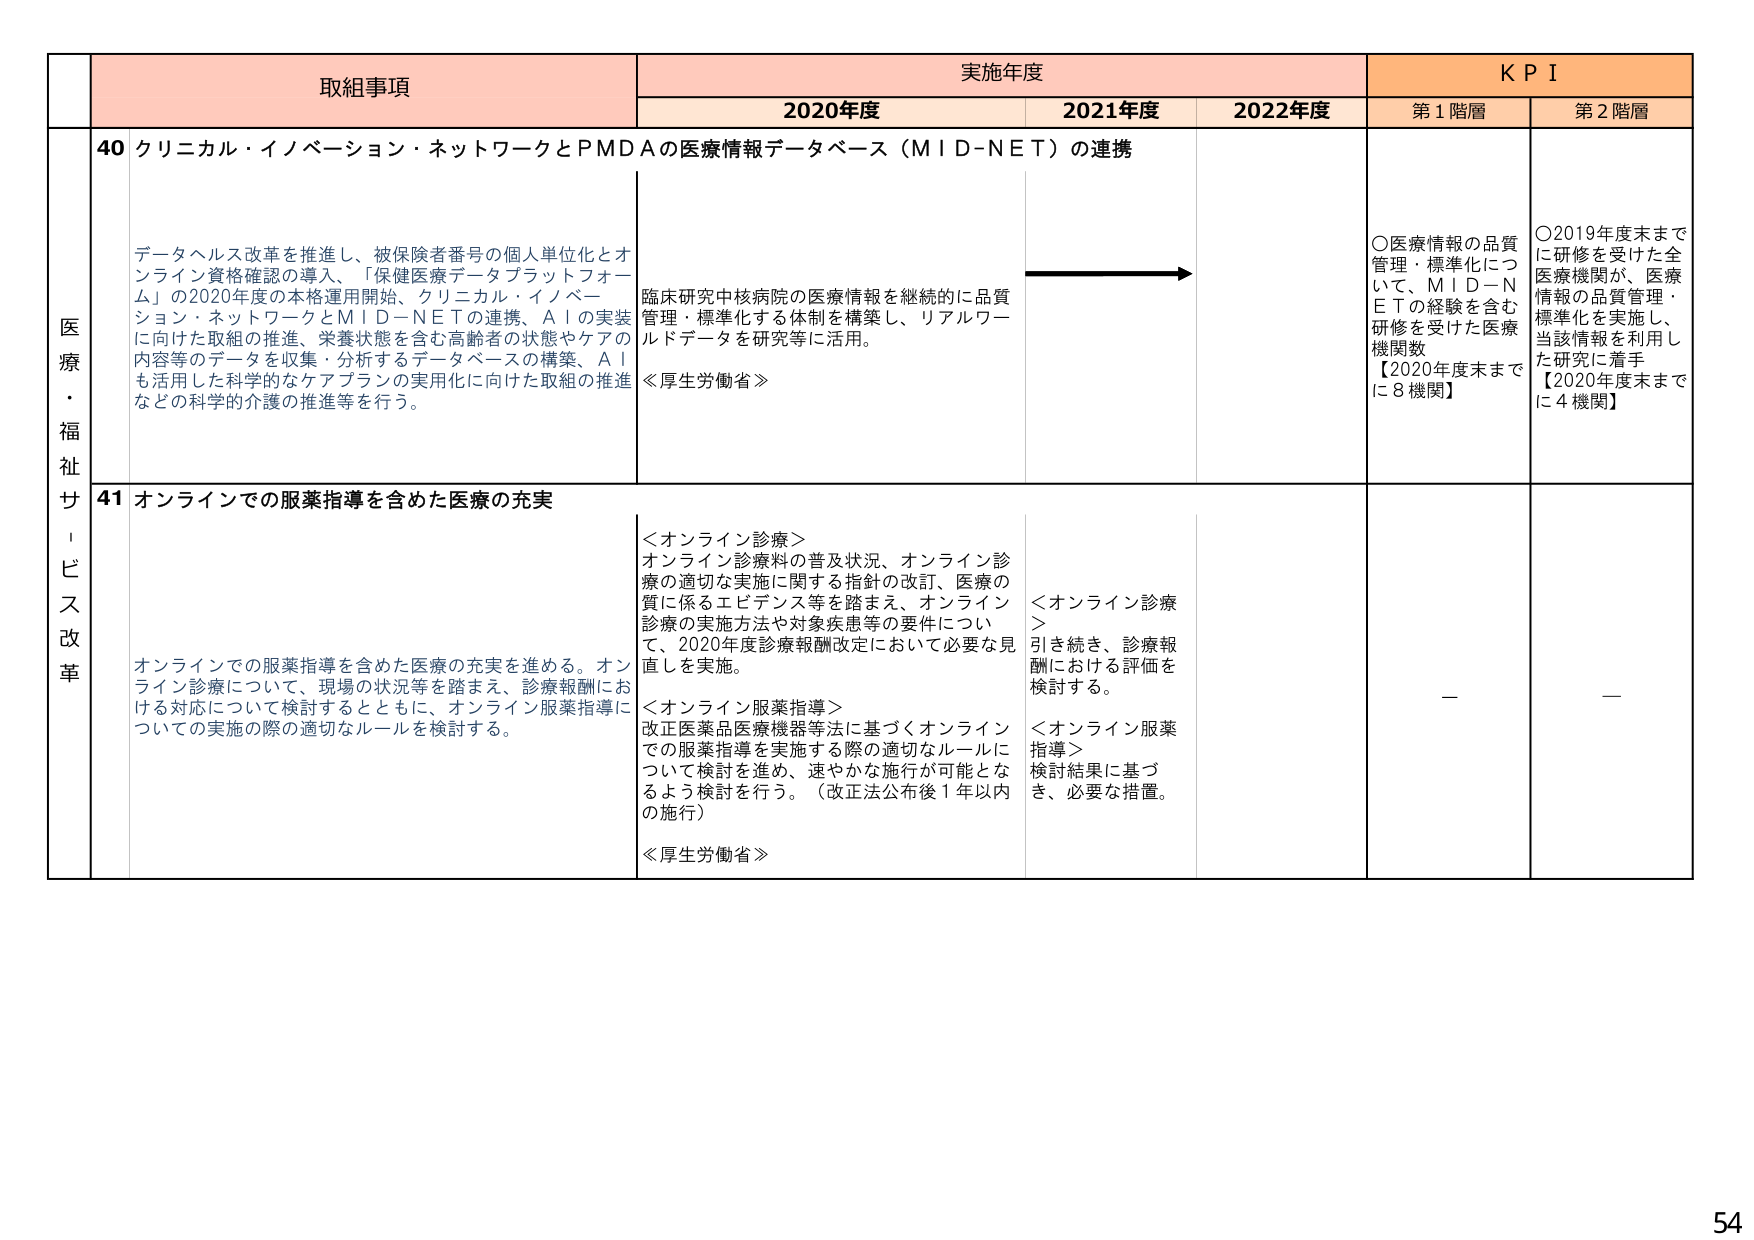
医療・福祉サービス改革

取組事項
実施年度
K P I

2020年度
2021年度
2022年度
第1階層
第2階層

40 クリニカル・イノベーション・ネットワークとPMDAの医療情報データベース（MID-NET）の連携

データヘルス改革を推進し、被保険者番号の個人単位化とオンライン資格確認の導入、「保健医療データプラットフォーム」の2020年度の本格運用開始、クリニカル・イノベーション・ネットワークとMID-NETの連携、AIの実装に向けた取組の推進、栄養状態を含む高齢者の状態やケアの内容等のデータを収集・分析するデータベースの構築、AIも活用した科学的なケアプランの実用化に向けた取組の推進などの科学的介護の推進等を行う。

臨床研究中核病院の医療情報を継続的に品質管理・標準化する体制を構築し、リアルワールドデータを研究等に活用。
≪厚生労働省≫

○医療情報の品質管理・標準化について、MID-NETの経験を含む研修を受けた医療機関数
【2020年度末までに8機関】

○2019年度末までに研修を受けた全医療機関が、医療情報の品質管理・標準化を実施し、当該情報を利用した研究に着手
【2020年度末までに4機関】

41 オンラインでの服薬指導を含めた医療の充実

オンラインでの服薬指導を含めた医療の充実を進める。オンライン診療について、現場の状況等を踏まえ、診療報酬における対応について検討するとともに、オンライン服薬指導についての実施の際の適切なルールを検討する。

＜オンライン診療＞
オンライン診療料の普及状況、オンライン診療の適切な実施に関する指針の改訂、医療の質に係るエビデンス等を踏まえ、オンライン診療の実施方法や対象疾患等の要件について、2020年度診療報酬改定において必要な見直しを実施。

＜オンライン服薬指導＞
改正医薬品医療機器等法に基づくオンラインでの服薬指導を実施する際の適切なルールについて検討を進め、速やかな施行が可能となるよう検討を行う。（改正法公布後1年以内の施行）
≪厚生労働省≫

＜オンライン診療＞
引き続き、診療報酬における評価を検討する。

＜オンライン服薬指導＞
検討結果に基づき、必要な措置。

—

—

54